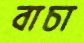
বাচা